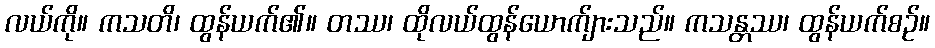
လယ်ကို။ ကသတိ၊ ထွန်ယက်၏။ တဿ၊ ထိုလယ်ထွန်ယောက်ျားသည်။ ကသန္တဿ၊ ထွန်ယက်စဉ်။